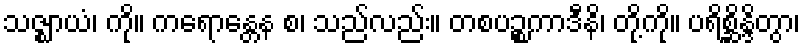
သဇ္ဈာယံ၊ ကို။ ကရောန္တေန စ၊ သည်လည်း။ တစပဉ္စကာဒီနိ၊ တို့ကို။ ပရိစ္ဆိန္ဒိတွာ၊